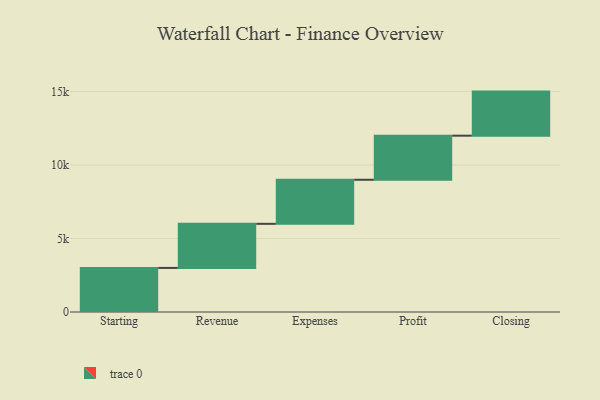
{"axis": {"x": "Step", "y": "Value"}, "legend": [""], "data": [{"x": "Starting", "y": 3000, "type": ""}, {"x": "Revenue", "y": 3000, "type": ""}, {"x": "Expenses", "y": 3000, "type": ""}, {"x": "Profit", "y": 3000, "type": ""}, {"x": "Closing", "y": 3000, "type": ""}]}